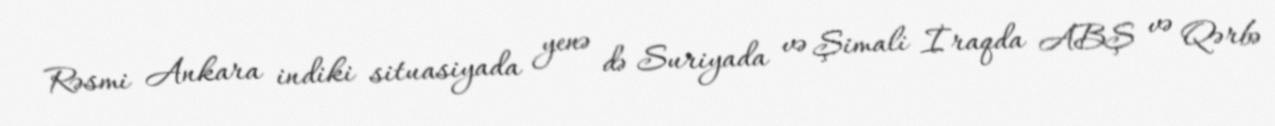
Rəsmi Ankara indiki situasiyada yenə də Suriyada və Şimali İraqda ABŞ və Qərbə